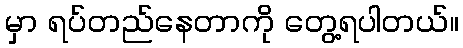
မှာ ရပ်တည်နေတာကို တွေ့ရပါတယ်။